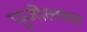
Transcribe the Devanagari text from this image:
पुजोलचा